Bréfritari: Andrés Kjerúlf
Viðtakandi: Jón Borgfirðings Jónsson
Dagsetning: A-1860-01-08
Skrifað á: Melum  N-Múl.

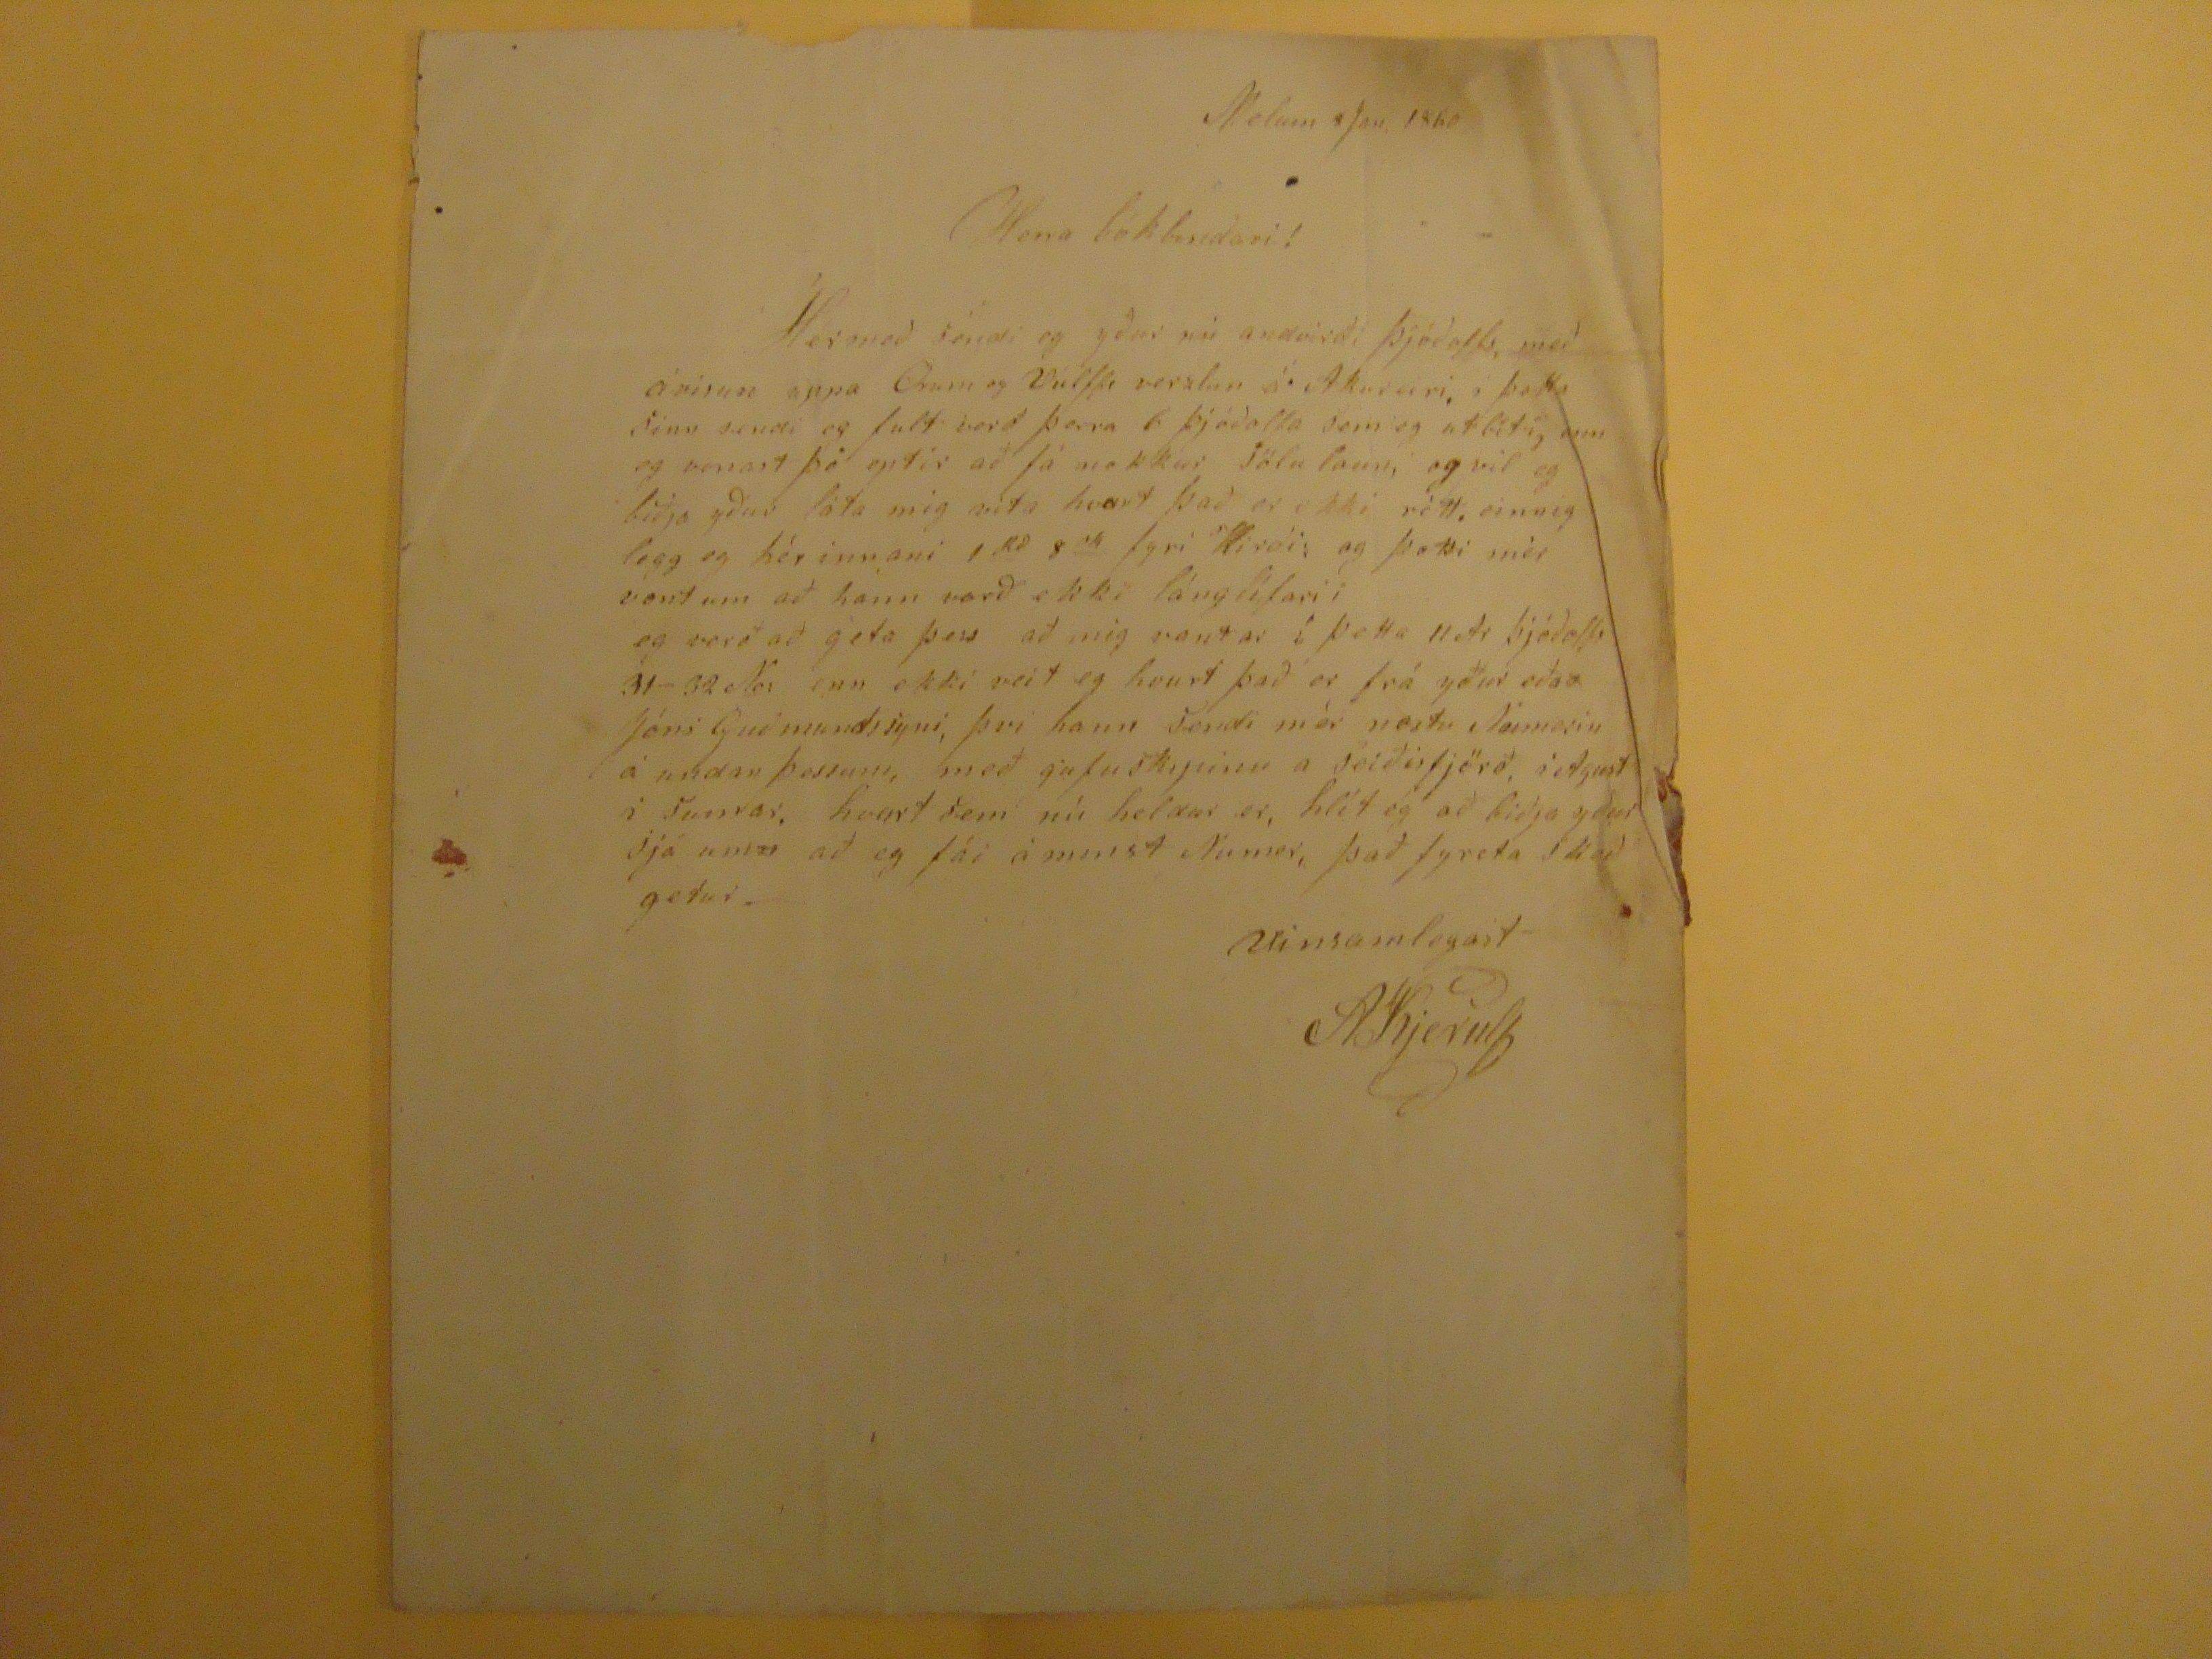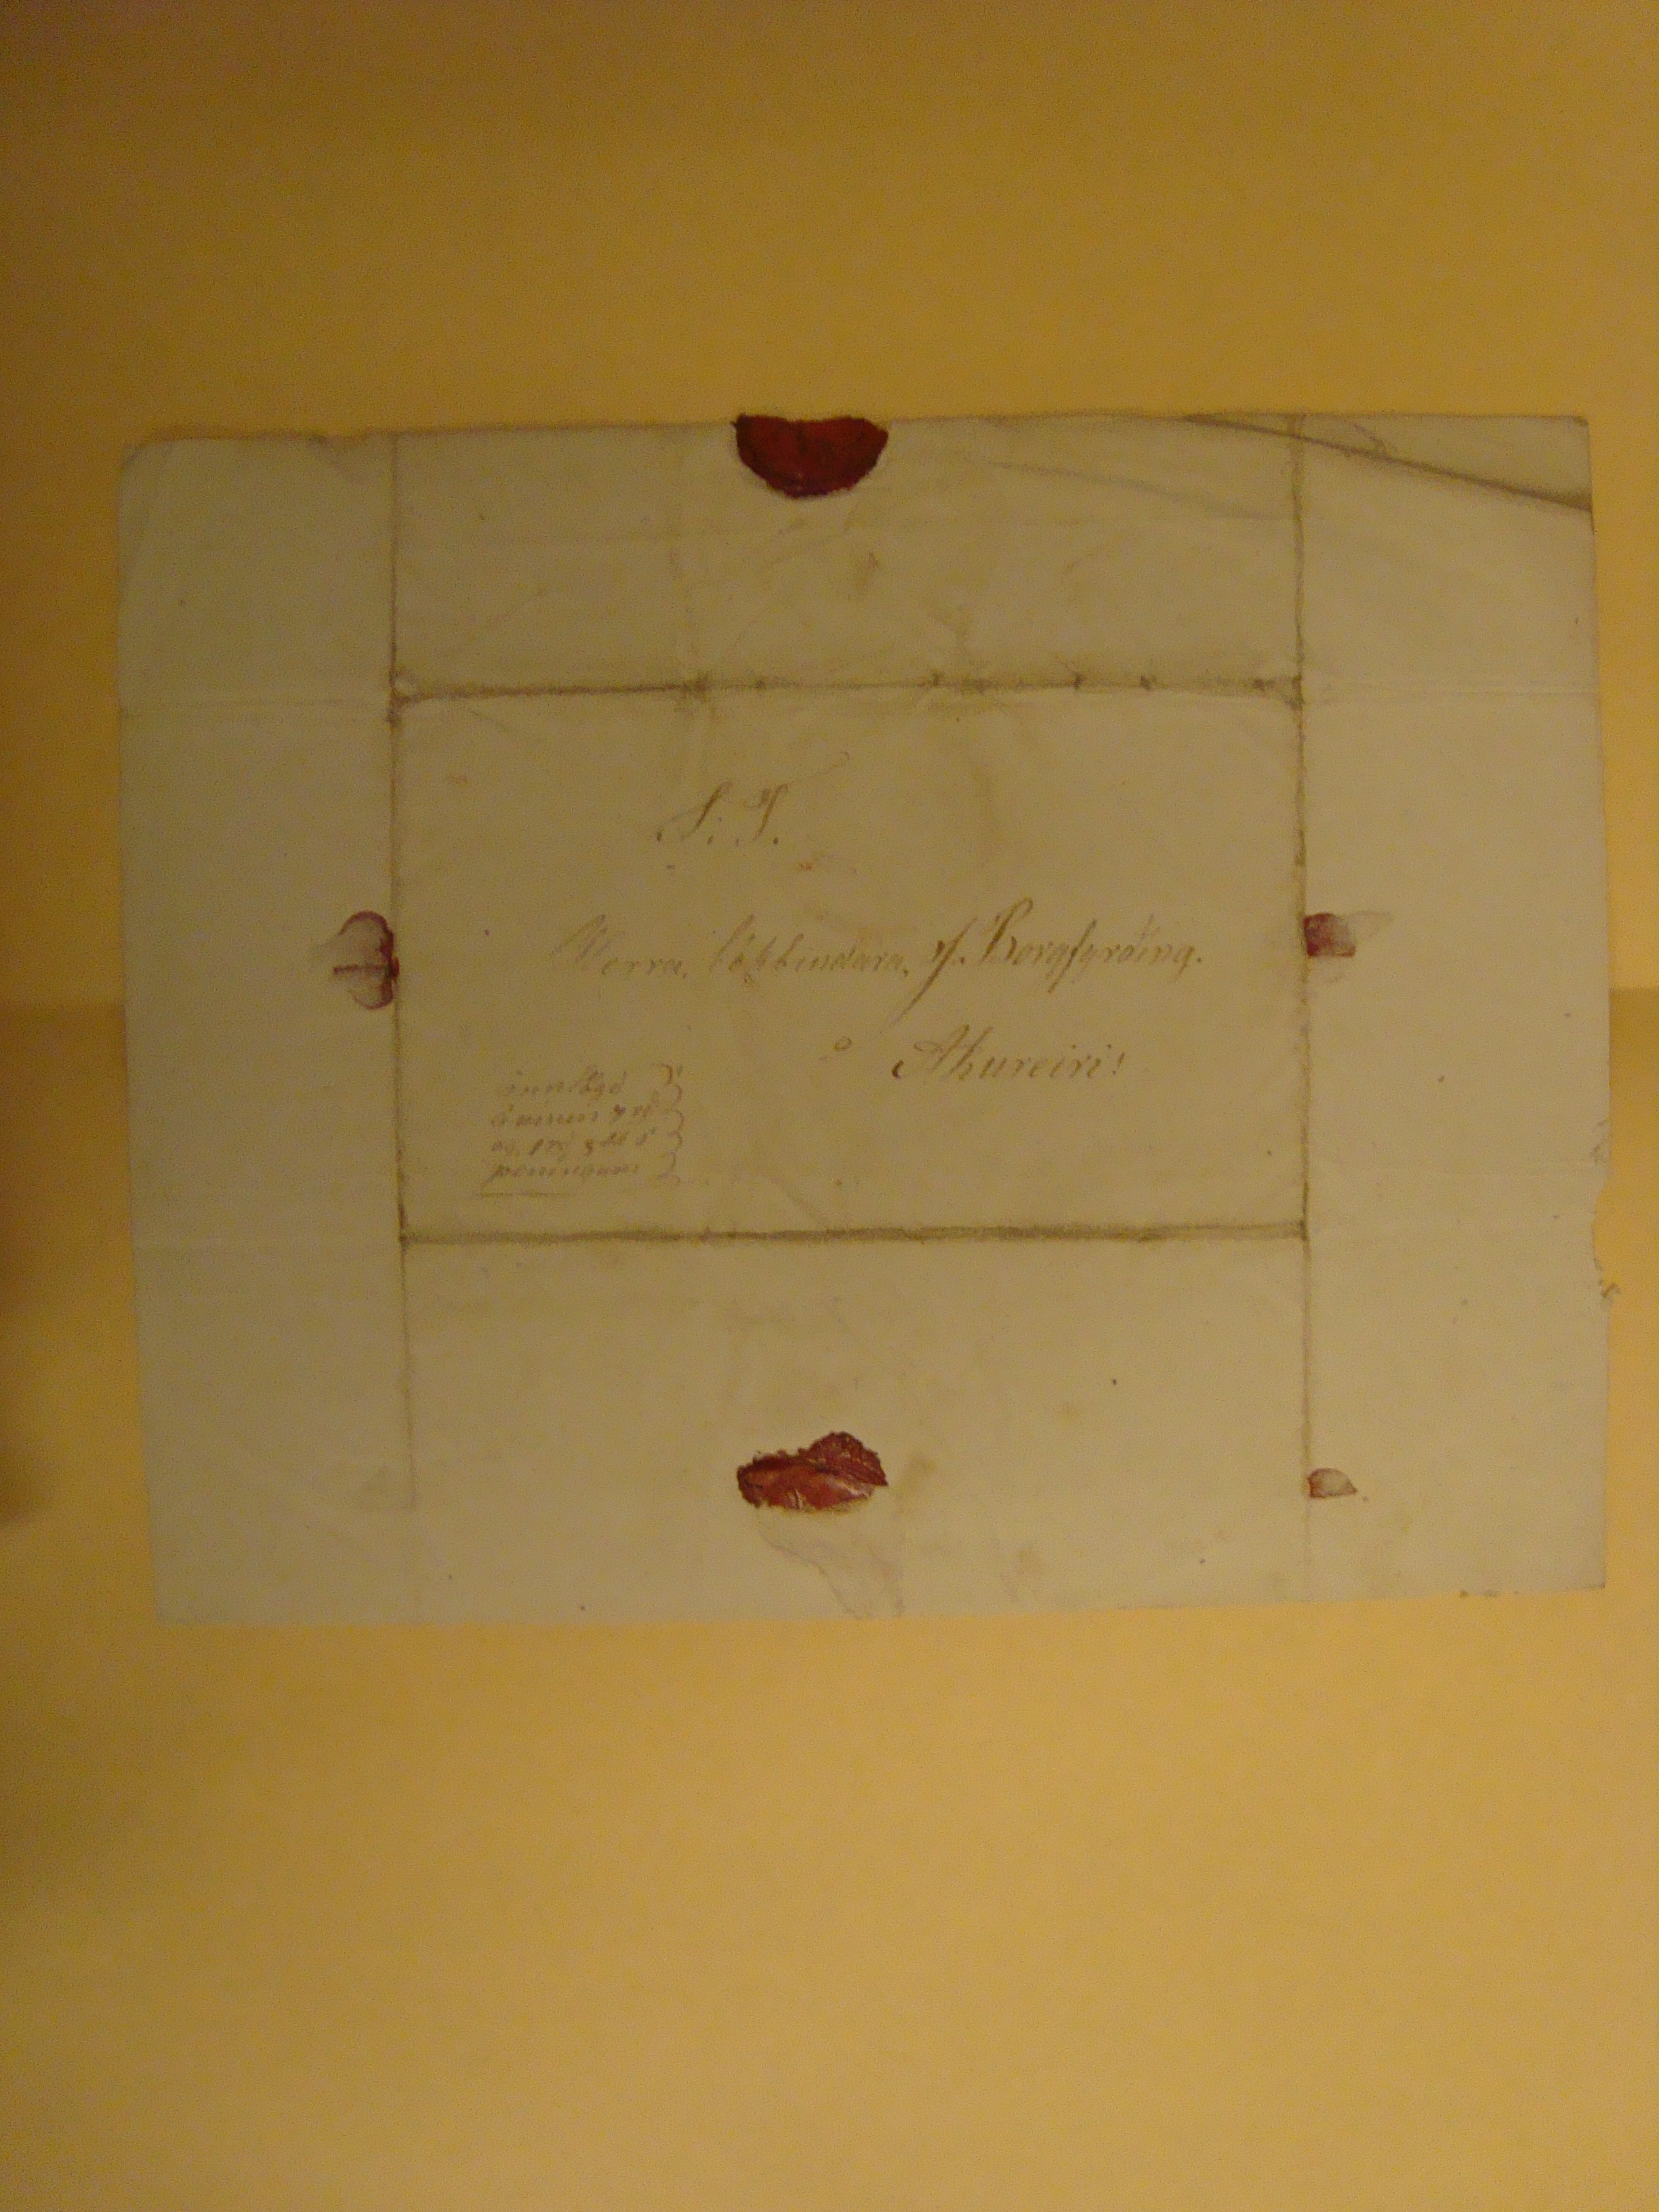

Melum 8 Jan, 1860
Herra bókbindari!
Hérmeð sendi eg yður nú andvirði þjóðolfs, með ávisun uppa
Onon og Vúlffe
verzlun á Akureiri, í þetta Sinn sendi eg fult verð þerra 6 þjóðolfa sem eg utbíti, enn eg vonast þó eptir að fá nokkur sölu laun, og vil eg biðja yður láta mig vita hvort það er ekki rétt. einnig legg eg hér innani 1
Kr
8
sk
fyri
"Hirði:
og þætti mér vænt um að hann varð ekki lánglífari i eg verð að geta þess að mig vantar í þetta 11Ar þjóðolfi 31-32No: enn ekki veit eg hvurt það er frá yður eða
s
Jóni Guðmundssyni, þvi hann sendi mér næstu
Neimesiu
á undan þessum, með gufuskipinu a Reiðisfjörð, i Agust i Sumar, hvurt sem nú heldur er, hlít ég að biðja yður sjá um
n
að eg fái á minst Numer, það fyreta
Sll eð
getur.
Vinsamlegast
AKjerulf
S.S.
Herra bókbindara, J.Borgfyrðing.
Akureiri!
innlögð ávisun
7
rð
og 1
rð,
9
sk
í peníngum